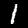
Label: 1